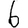
Digit: 6